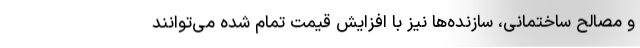
و مصالح ساختمانی، سازنده‌ها نیز با افزایش قیمت‌ تمام شده می‌توانند